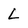
Character: L